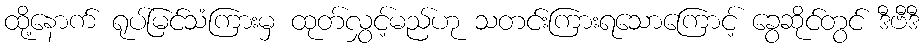
ထို့နောက် ရုပ်မြင်သံကြားမှ ထုတ်လွှင့်မည်ဟု သတင်းကြားရသောကြောင့် ခွေဆိုင်တွင် ဒီဗီဒီ